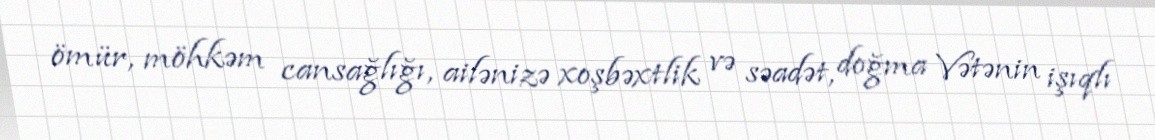
ömür, möhkəm cansağlığı, ailənizə xoşbəxtlik və səadət, doğma Vətənin işıqlı